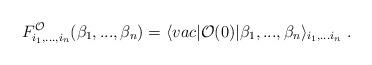
LaTeX: \begin{align*}F^{\cal O}_{i_1,...,i_n}(\beta_1,...,\beta_n)=\langle vac\vert{\cal O}(0)\vert\beta_1,...,\beta_n\rangle_{i_1,...i_n}\ .\end{align*}